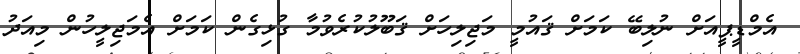
އެމްޑީޕީއަށް ނުލިބޭ ކަމަށް ޤައުމީ މަޖިލިހަށް ޤަބޫލުކުރެވުމާ ގުޅިގެން ކަމަށް އެމަޖިލީހުން މިއަދު